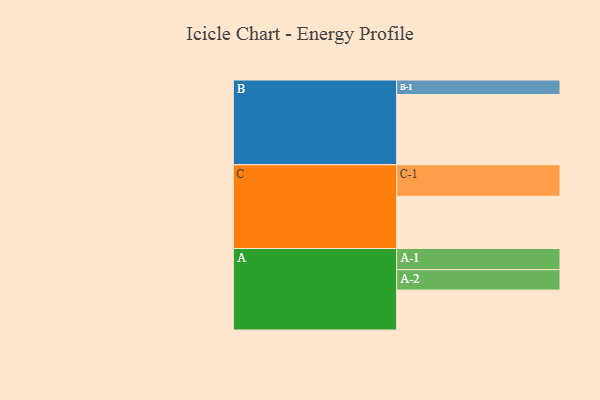
{"axis": {"x": "Segment", "y": "Value"}, "legend": ["", "A", "B", "C"], "data": [{"x": "A", "y": 316, "type": ""}, {"x": "B", "y": 556, "type": ""}, {"x": "C", "y": 413, "type": ""}, {"x": "A-1", "y": 167, "type": "A"}, {"x": "A-2", "y": 162, "type": "A"}, {"x": "B-1", "y": 115, "type": "B"}, {"x": "C-1", "y": 250, "type": "C"}]}